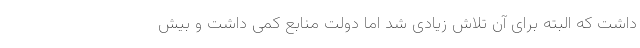
داشت که البته برای آن تلاش زیادی شد اما دولت منابع کمی داشت و بیش